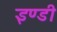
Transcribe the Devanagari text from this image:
इण्डी